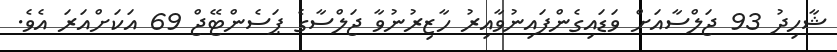
ޝާހިދު 93 ޖަލްސާއަށް ވަޑައިގެންފައިނުވާއިރު ހާޒިރުނުވާ ޖަލްސާގެ ޕަސެންޓޭޖް 69 އަކަށްއަރަ އެވެ.